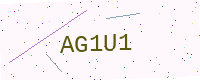
Text: AG1U1